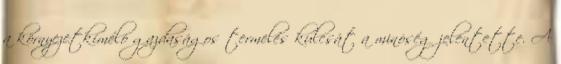
a környezetkímélô gazdaságos termelés kulcsát a minôség jelentette. A